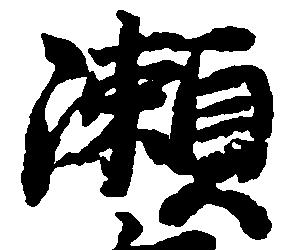
瀬